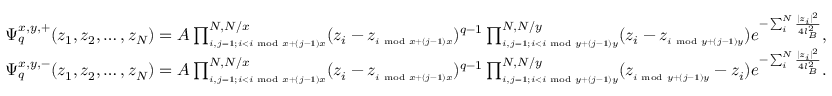
\begin{array} { l } { \Psi _ { q } ^ { x , y , + } ( z _ { 1 } , z _ { 2 } , \dots , z _ { N } ) = A \prod _ { \scriptscriptstyle { i , j = 1 ; i < i \; \operatorname { m o d } \; x + ( j - 1 ) x } } ^ { N , N / x } ( z _ { i } - z _ { \scriptscriptstyle { i \; \operatorname { m o d } \; x + ( j - 1 ) x } } ) ^ { q - 1 } \prod _ { \scriptscriptstyle { i , j = 1 ; i < i \; \operatorname { m o d } \; y + ( j - 1 ) y } } ^ { N , N / y } ( z _ { i } - z _ { \scriptscriptstyle { i \; \operatorname { m o d } \; y + ( j - 1 ) y } } ) e ^ { - \sum _ { i } ^ { N } \frac { | z _ { i } | ^ { 2 } } { 4 l _ { B } ^ { 2 } } } , } \\ { \Psi _ { q } ^ { x , y , - } ( z _ { 1 } , z _ { 2 } , \dots , z _ { N } ) = A \prod _ { \scriptscriptstyle { i , j = 1 ; i < i \; \operatorname { m o d } \; x + ( j - 1 ) x } } ^ { N , N / x } ( z _ { i } - z _ { \scriptscriptstyle { i \; \operatorname { m o d } \; x + ( j - 1 ) x } } ) ^ { q - 1 } \prod _ { \scriptscriptstyle { i , j = 1 ; i < i \; \operatorname { m o d } \; y + ( j - 1 ) y } } ^ { N , N / y } ( z _ { \scriptscriptstyle { i \; \operatorname { m o d } \; y + ( j - 1 ) y } } - z _ { i } ) e ^ { - \sum _ { i } ^ { N } \frac { | z _ { i } | ^ { 2 } } { 4 l _ { B } ^ { 2 } } } . } \end{array}